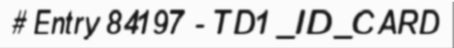
# Entry 84197 - TD1_ID_CARD